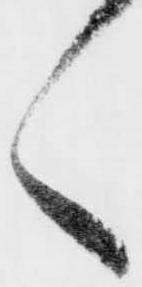
く